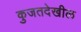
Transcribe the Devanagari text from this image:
कुजतदेखील